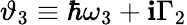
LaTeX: \vartheta_{3}\equiv\hbar\omega_{3}+\mathbf{i}\Gamma_{2}